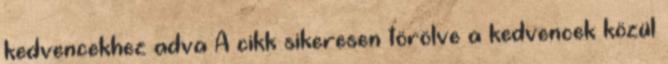
kedvencekhez adva A cikk sikeresen törölve a kedvencek közül